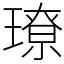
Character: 璙